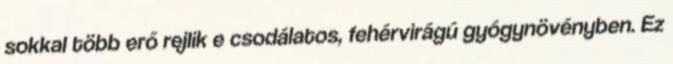
sokkal több erő rejlik e csodálatos, fehérvirágú gyógynövényben. Ez